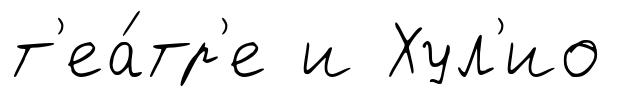
т'еа́тр'е и Хул'ио